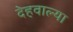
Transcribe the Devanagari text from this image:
देहवाल्या